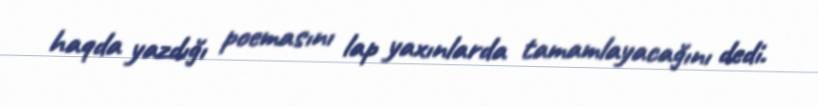
haqda yazdığı poemasını lap yaxınlarda tamamlayacağını dedi.